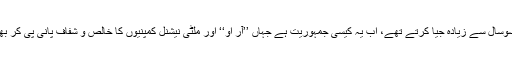
پہلے لوگ کنویں کا میلاکچیلا پانی پی کر بھی سوسال سے زیادہ جیا کرتے تھے، اب یہ کیسی جمہوریت ہے جہاں ’’آر او‘‘ اور ملٹی نیشنل کمپنیوں کا خالص و شفاف پانی پی کر بھی چالیس سال کی عمر میں بوڑھے ہورہے ہیں۔